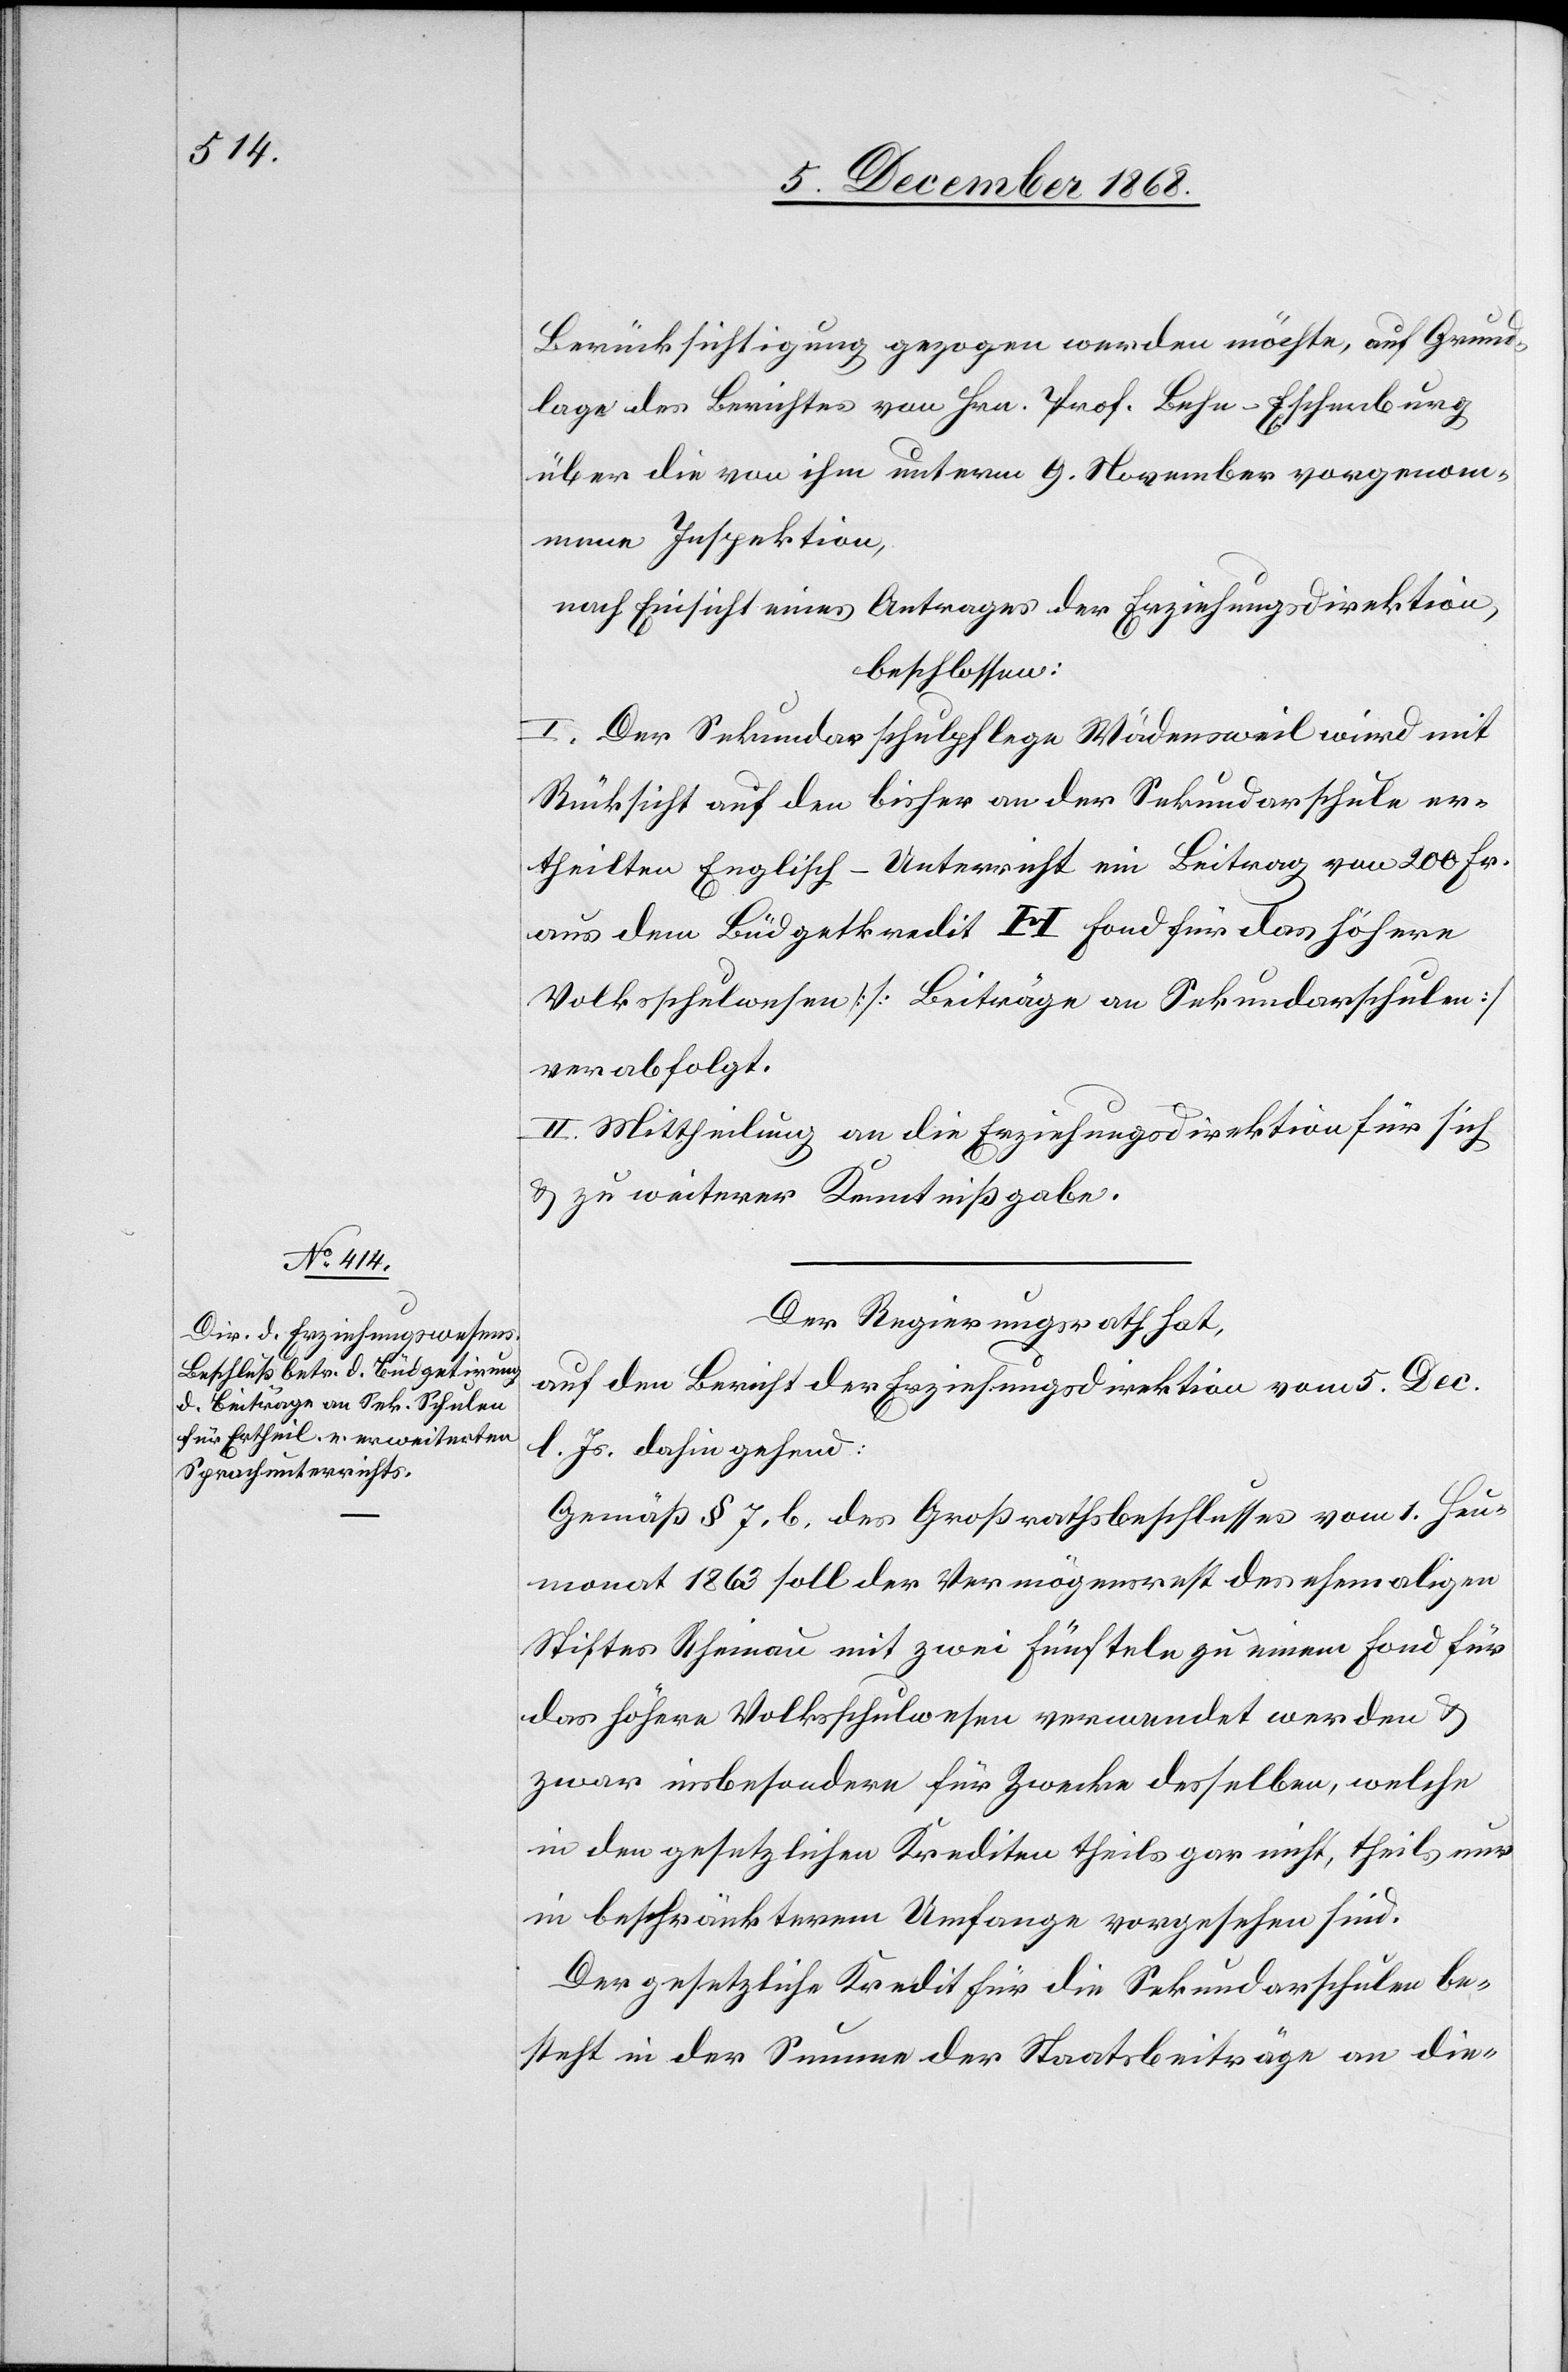
Berücksichtigung gezogen werden möchte, auf Grund¬
lage des Berichtes von Hrn. Prof. Behn-Eschenburg
über die von ihm unterm 9. November vorgenom¬
mene Inspektion,
nach Einsicht eines Antrages der Erziehungsdirektion,
beschlossen:
I. Der Sekundarschulpflege Wädensweil wird mit
Rücksicht auf den bisher an der Sekundarschule er¬
theilten Englisch-Unterricht ein Beitrag von 200 Fr.
aus dem Büdgetkredit H Fond für das höhere
Volksschulwesen [Beiträge an Sekundarschulen]
verabfolgt.
II. Mittheilung an die Erziehungsdirektion für sich
& zu weiterer Kenntnißgabe.
Der Regierungsrath hat,
auf den Bericht der Erziehungsdirektion vom 5. Dec.
l. Js. dahin gehend:
Gemäß § 7. b. des Großrathsbeschlusses vom 1. Heu¬
monat 1863 soll der Vermögensrest des ehemaligen
Stiftes Rheinau mit zwei Fünfteln zu einem Fond für
das höhere Volksschulwesen verwendet werden &
zwar insbesondere für Zwecke desselben, welche
in den gesetzlichen Krediten theils gar nicht, theils nur
in beschränkterem Umfange vorgesehen sind.
Der gesetzliche Kredit für die Sekundarschule be¬
steht in der Summe der Staatsbeiträge an die-